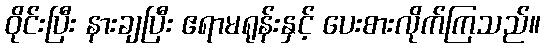
ဝိုင်းပြီး နားချပြီး ဧရာမရုန်းနှင့် ပေးစားလိုက်ကြသည်။